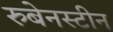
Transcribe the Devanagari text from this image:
रुबेनस्टीन